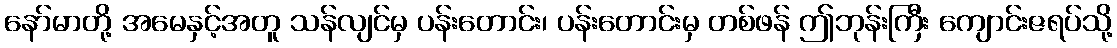
နော်မာတို့ အမေနှင့်အတူ သန်လျင်မှ ပန်းတောင်း၊ ပန်းတောင်းမှ တစ်ဖန် ဤဘုန်းကြီး ကျောင်းဇရပ်သို့